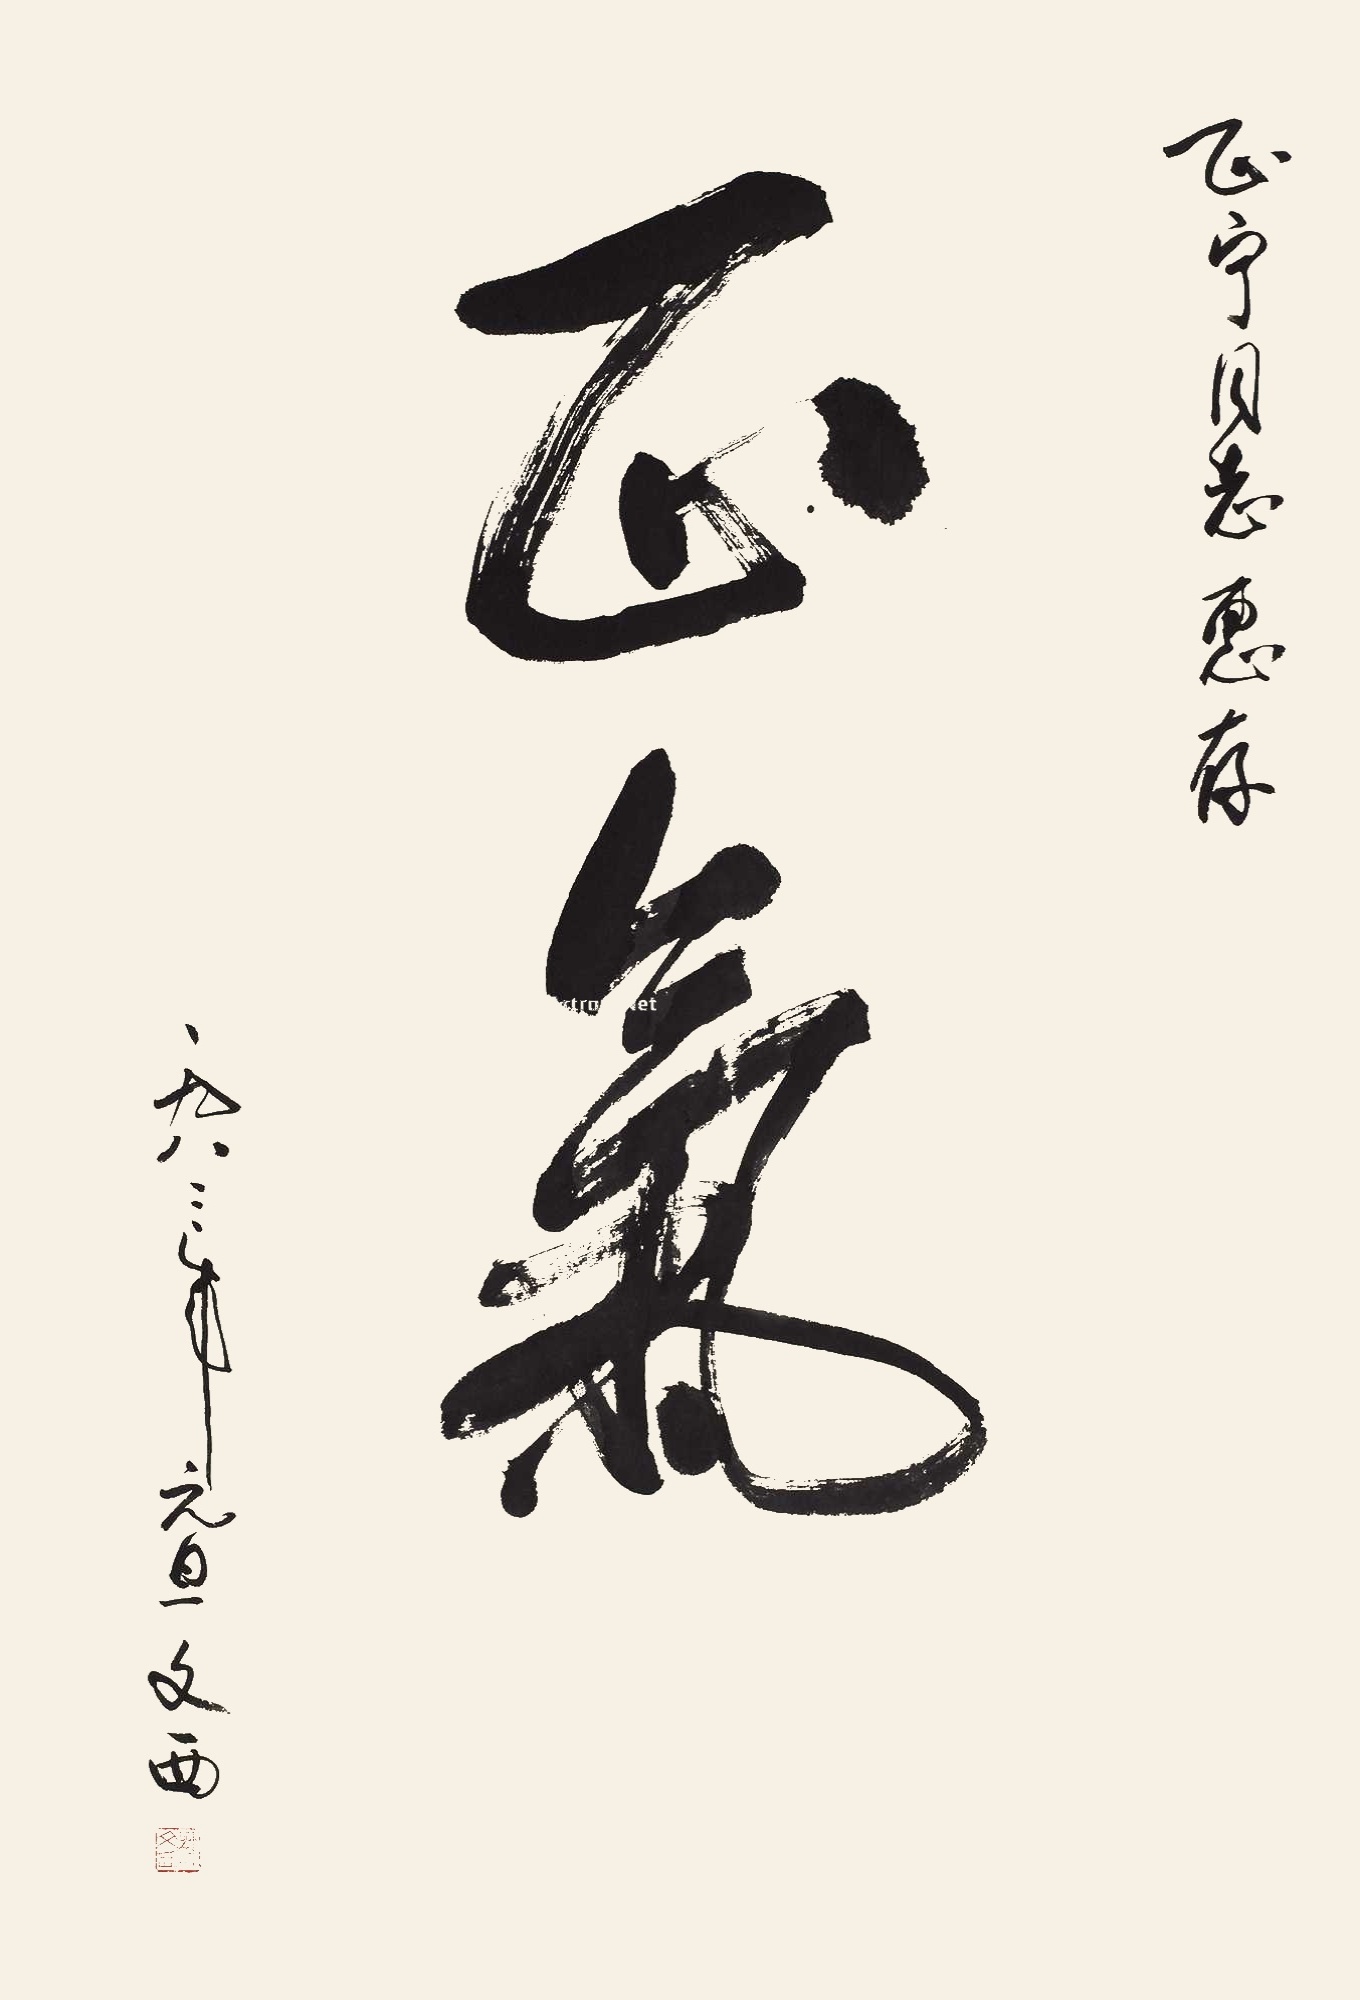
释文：正气。正宁同志惠存。一九八三年元旦，文西。